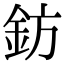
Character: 鈁